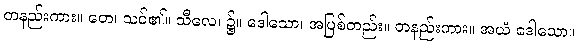
တနည်းကား။ တေ၊ သင်၏။ သီလေ၊ ၌။ ဒေါသော၊ အပြစ်တည်း။ တနည်းကား။ အယံ ဒေါသော။